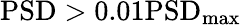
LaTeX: \mathrm{PSD}>0.01\mathrm{PSD}_{\operatorname*{max}}